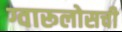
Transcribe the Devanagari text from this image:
ग्वारूलोसची